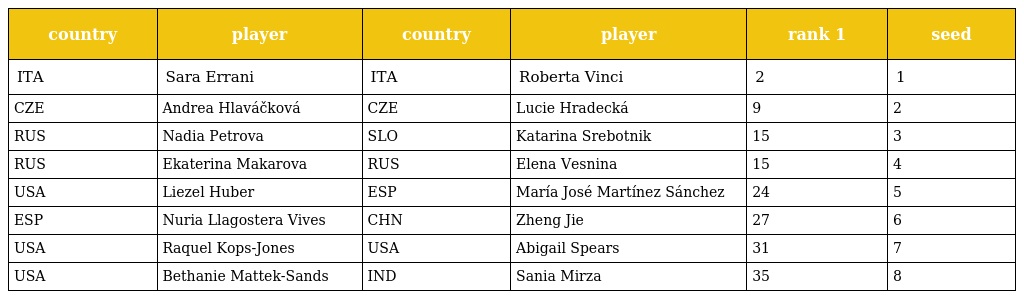
| country | player | country | player | rank 1 | seed |
 | --- | --- | --- | --- | --- | --- |
 | ITA | Sara Errani | ITA | Roberta Vinci | 2 | 1 |
 | CZE | Andrea Hlaváčková | CZE | Lucie Hradecká | 9 | 2 |
 | RUS | Nadia Petrova | SLO | Katarina Srebotnik | 15 | 3 |
 | RUS | Ekaterina Makarova | RUS | Elena Vesnina | 15 | 4 |
 | USA | Liezel Huber | ESP | María José Martínez Sánchez | 24 | 5 |
 | ESP | Nuria Llagostera Vives | CHN | Zheng Jie | 27 | 6 |
 | USA | Raquel Kops-Jones | USA | Abigail Spears | 31 | 7 |
 | USA | Bethanie Mattek-Sands | IND | Sania Mirza | 35 | 8 |